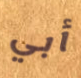
أبي